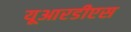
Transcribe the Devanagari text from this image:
यूआरडीएस